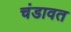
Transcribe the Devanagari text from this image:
चंडावत